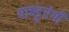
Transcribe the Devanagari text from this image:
पाण्डुरंगी